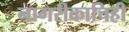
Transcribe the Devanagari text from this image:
नागरीकाचिही